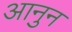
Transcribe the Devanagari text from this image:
आनुन